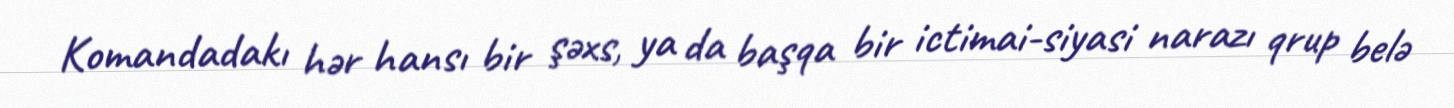
Komandadakı hər hansı bir şəxs, ya da başqa bir ictimai-siyasi narazı qrup belə